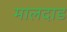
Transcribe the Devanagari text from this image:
मालदाड